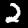
Label: 2